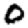
Digit: 0